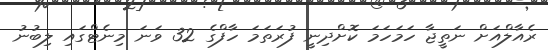
ރެއާލްއަށް ނަތީޖާ ހަމަހަމަ ކޮށްދިނީ ފުރަތަމަ ހާފްގެ 32 ވަނަ މިނެޓްގައި ލިބުނު